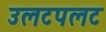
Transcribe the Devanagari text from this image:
उलटपलट